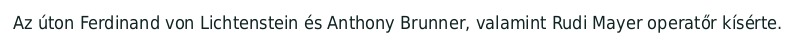
Az úton Ferdinand von Lichtenstein és Anthony Brunner, valamint Rudi Mayer operatőr kísérte.